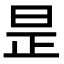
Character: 昰